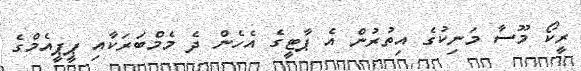
ރީކޯ މޫސާ މަނިކުގެ އިތުރުން އެ ޕާޓީގެ އެހެން ދެ މެމްބަރަކާއި ޕީޕީއެމްގެ